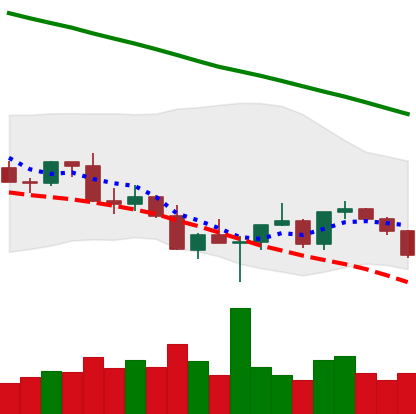
Ticker: XLM-USD
Chart end date: 2022-03-04
Forward return: 7.441%
Label: up_7plus